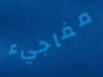
مفاجيء